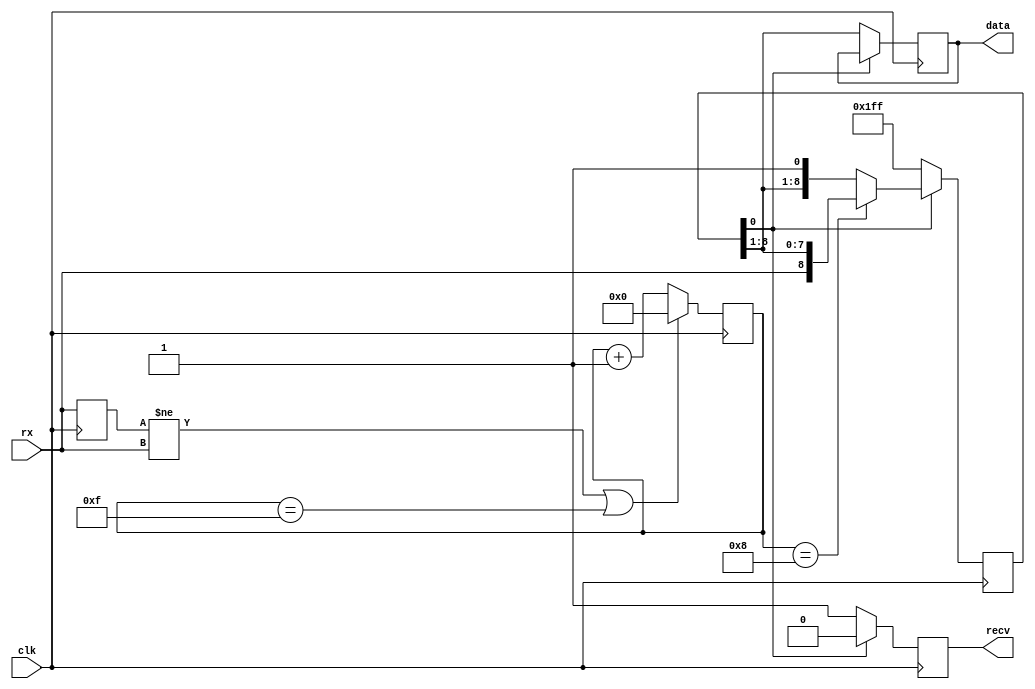
module uart_rx (
	input wire clk,
	input wire rx,
	output reg [WIDTH-1:0] data = 0,
	output reg recv = 0
);
	// number of bits per transfer
	parameter WIDTH = 8;
	// prescaler, baud_rate = freq(clk) / CLKDIV
	parameter CLKDIV = 16;

	// data buffer, also contains start bit
	reg [WIDTH:0] buffer = {(WIDTH+1){1'b1}};

	// prescale counter
	reg [$clog2(CLKDIV) - 1:0] counter = 0;
	// sample strobe, rx is sampled at rising edge of clk when sample_strobe is high
	wire sample_strobe = counter == (CLKDIV / 2);

	// state of rx input at last clock cycle
	// used to sync prescale counter to edges of rx
	reg rx_buffer = 1;


	always @(posedge clk) begin
		counter <= counter + 1;
		recv <= 0;

		// reset prescale counter at every edge to sync with transmitter
		// reset prescale counter when CLKDIV is reached
		if ((rx_buffer != rx) | (counter == (CLKDIV - 1))) begin
			counter <= 0;
		end
		rx_buffer <= rx;

		// data was moved to data register, reset buffer
		if (buffer[0] == 0) begin
			data <= buffer[WIDTH:1];
			buffer <= {(WIDTH+1){1'b1}};
			recv <= 1;
		end else if (sample_strobe) begin
			// sample rx
			buffer <= {rx, buffer[WIDTH:1]};
		end
	end
endmodule